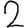
Digit: 2